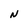
Character: N